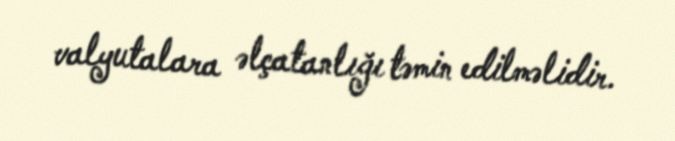
valyutalara əlçatanlığı təmin edilməlidir.